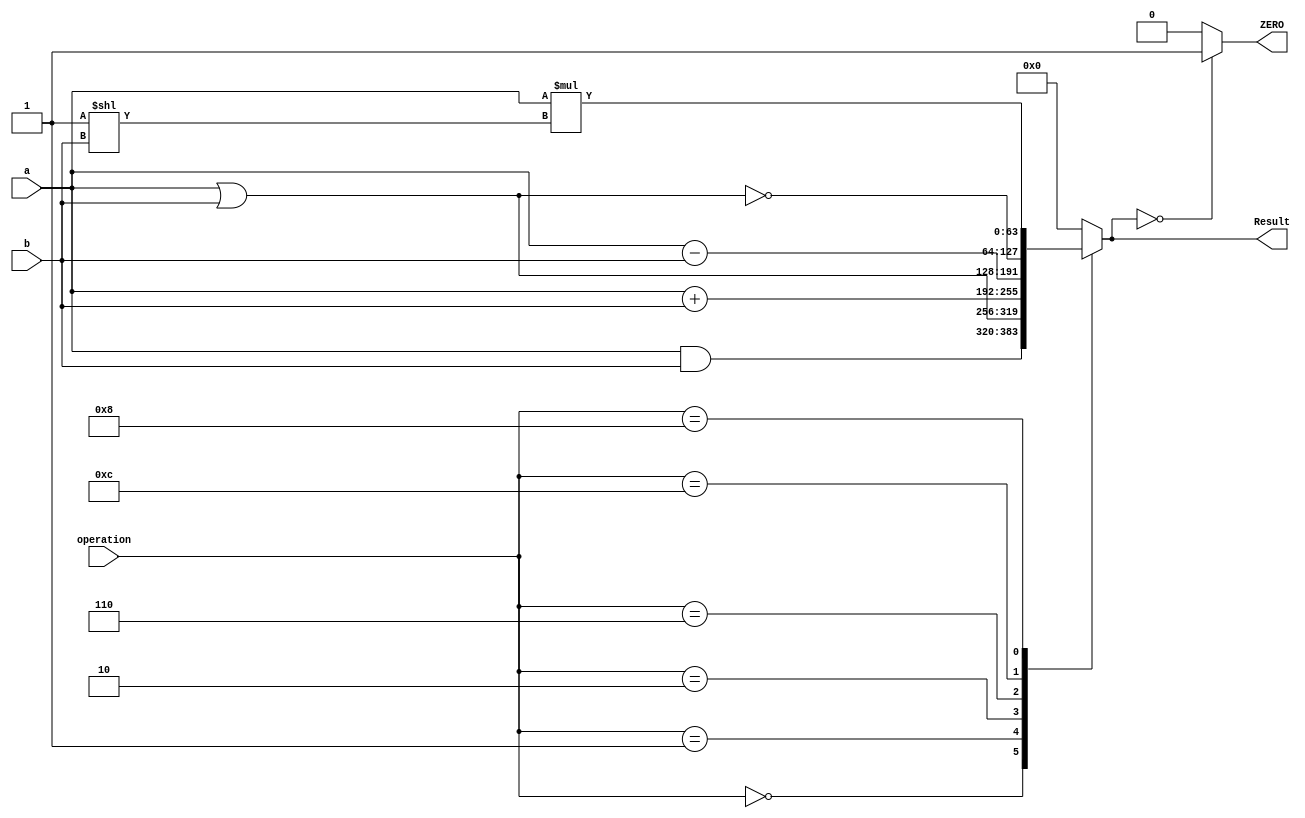





`timescale 1ns / 1ps

//hhhhhhhhhhhhhh

module ALU_64_bit
(
input [63:0]a, b,
input [3:0] operation,
output reg [63:0] Result,
output reg ZERO
);
localparam [3:0]
AND = 4'b0000,
OR = 4'b0001,
ADD = 4'b0010,
Sub = 4'b0110,
NOR = 4'b1100,
SLLI = 4'b1000;  // made a special case

always @ (operation, a, b)
begin
if (Result == 0)
        ZERO = 1;
      else
        ZERO = 0;

case (operation)
AND: Result = a & b;
OR: Result = a | b;
ADD: Result = a + b;
Sub: Result = a - b;
NOR: Result = ~(a | b);
SLLI: Result = a * (2 ** b); // SLLI
default: Result = 0;
endcase

end
endmodule